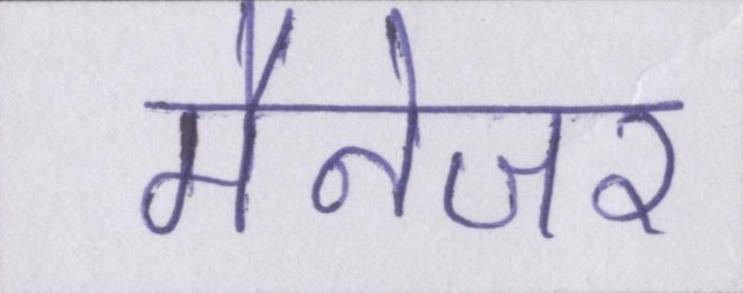
मैनेजर